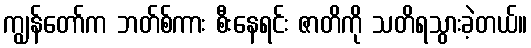
ကျွန်တော်က ဘတ်စ်ကား စီးနေရင်း ဇာတိကို သတိရသွားခဲ့တယ်။